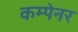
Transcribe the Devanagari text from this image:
कम्पेनर